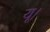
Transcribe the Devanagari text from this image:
यू।